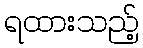
ရထားသည့်